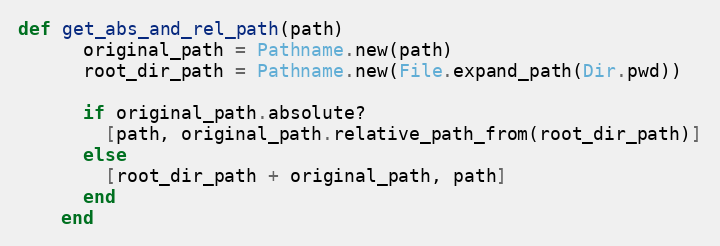
Language: Ruby
def get_abs_and_rel_path(path)
      original_path = Pathname.new(path)
      root_dir_path = Pathname.new(File.expand_path(Dir.pwd))

      if original_path.absolute?
        [path, original_path.relative_path_from(root_dir_path)]
      else
        [root_dir_path + original_path, path]
      end
    end